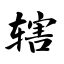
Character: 辖